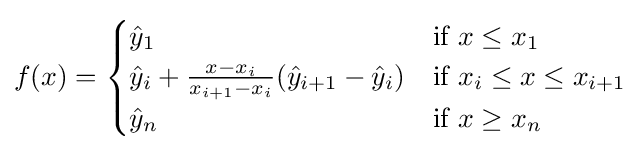
f(x)={\begin{cases}{\hat {y}}_{1}&{\text{if }}x\leq x_{1}\\{\hat {y}}_{i}+{\frac {x-x_{i}}{x_{i+1}-x_{i}}}({\hat {y}}_{i+1}-{\hat {y}}_{i})&{\text{if }}x_{i}\leq x\leq x_{i+1}\\{\hat {y}}_{n}&{\text{if }}x\geq x_{n}\end{cases}}